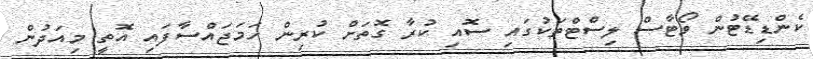
ކެންޑިޑޭޓުން ވޯޓާސް ލިސްޓްތަކުގައި ސޮއި ކުރާ ގޮތަށް ކުރިން ހަމަޖައްސާފައި އޮތީ މިއަދުން